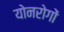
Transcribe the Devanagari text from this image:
योनरोगों